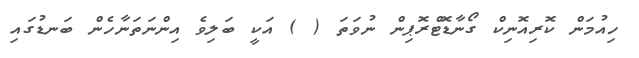
ހިއުމަން ކޮރިއޮނިކް ގޯނާޑޮޓްރޮޕިން ނުވަތަ ( ) އަކީ ބަލިވެ އިންނަތަނާހެން ބަނޑުގައި